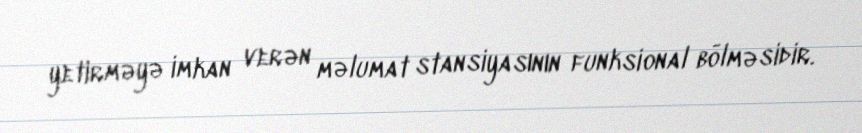
yetirməyə imkan verən məlumat stansiyasının funksional bölməsidir.